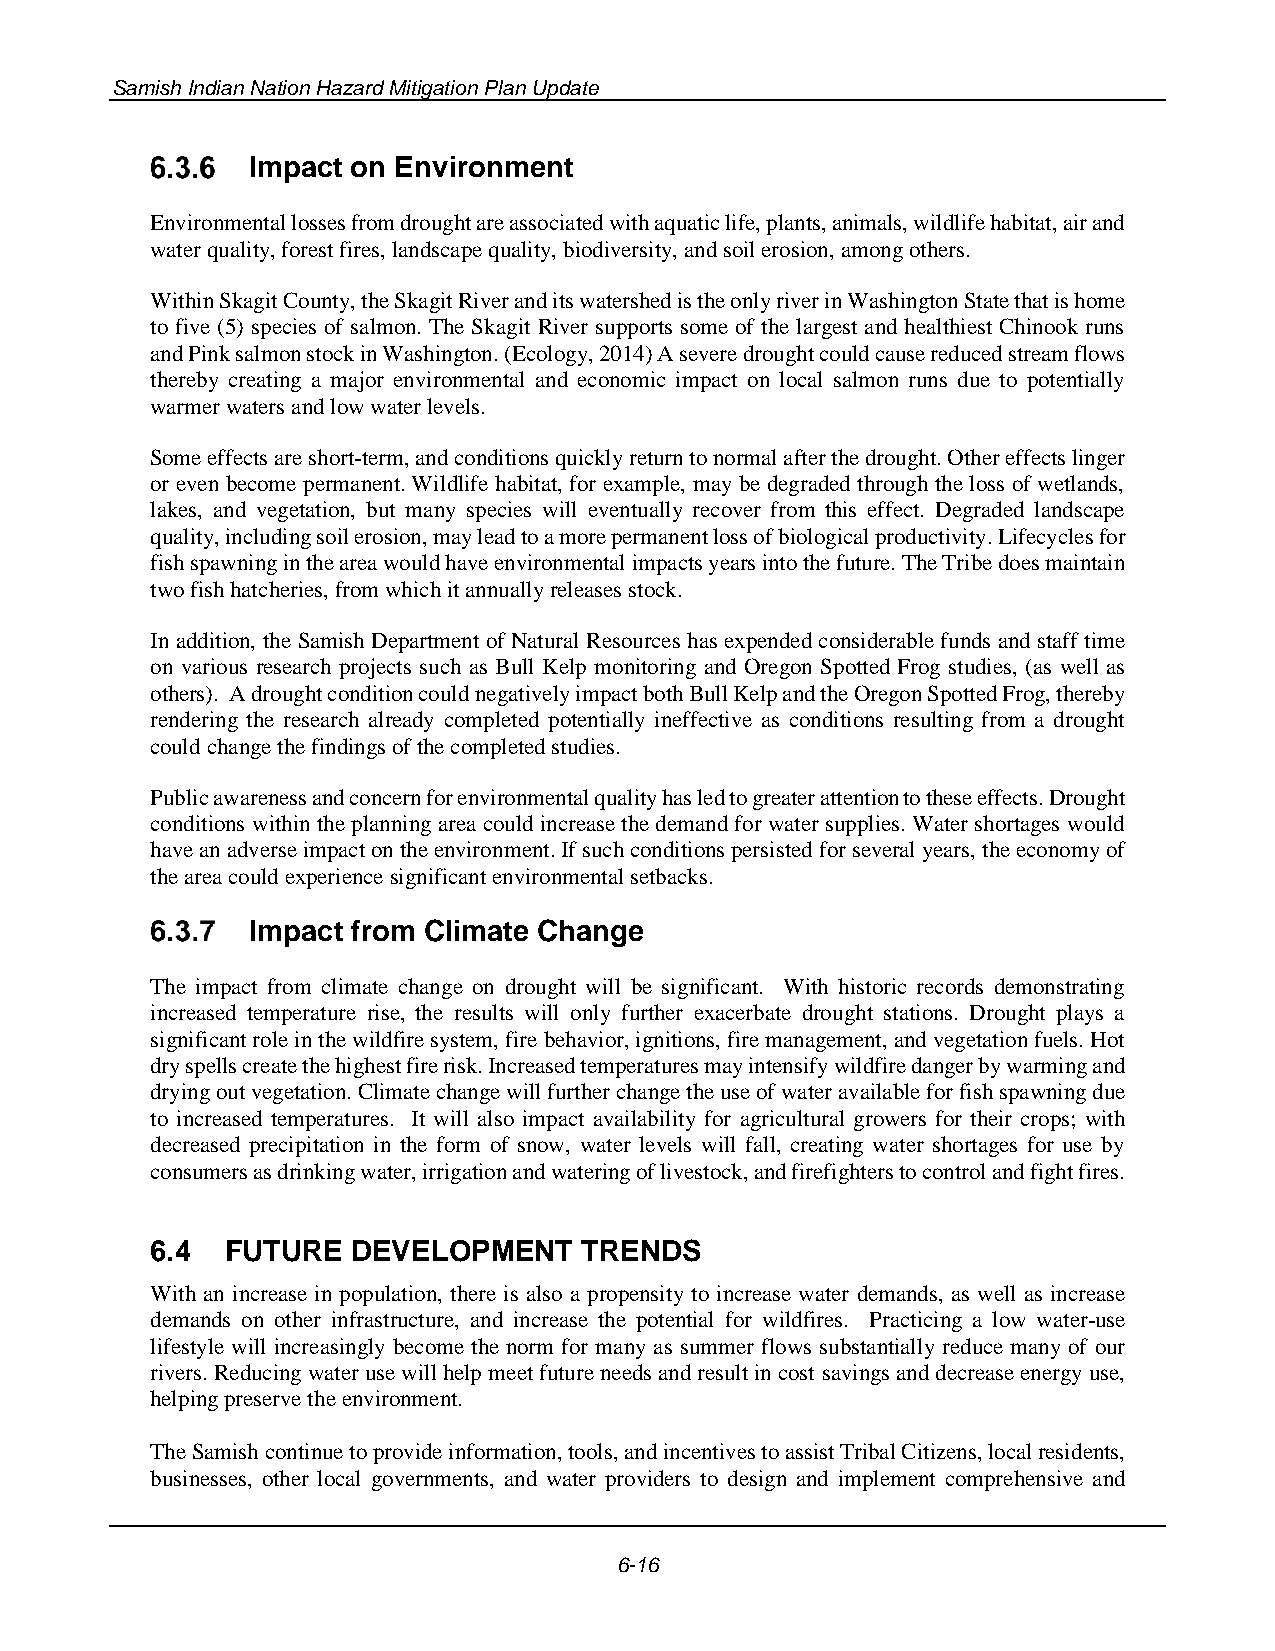
Samish Indian Nation Hazard Mitigation Plan Update
 Impact on Environment
 Environmental losses from drought are associated with aquatic life, plants, animals, wildlife habitat, air and
 water quality, forest fires, landscape quality, biodiversity, and soil erosion, among others.
 Within Skagit County, the Skagit River and its watershed is the only river in Washington State that is home
 to five (5) species of salmon. The Skagit River supports some of the largest and healthiest Chinook runs
 and Pink salmon stock in Washington. (Ecology, 2014) A severe drought could cause reduced stream flows
 thereby creating a major environmental and economic impact on local salmon runs due to potentially
 warmer waters and low water levels.
 Some effects are short-term, and conditions quickly return to normal after the drought. Other effects linger
 or even become permanent. Wildlife habitat, for example, may be degraded through the loss of wetlands,
 lakes, and vegetation, but many species will eventually recover from this effect. Degraded landscape
 quality, including soil erosion, may lead to a more permanent loss of biological productivity. Lifecycles for
 fish spawning in the area would have environmental impacts years into the future. The Tribe does maintain
 two fish hatcheries, from which it annually releases stock.
 In addition, the Samish Department of Natural Resources has expended considerable funds and staff time
 on various research projects such as Bull Kelp monitoring and Oregon Spotted Frog studies, (as well as
 others). A drought condition could negatively impact both Bull Kelp and the Oregon Spotted Frog, thereby
 rendering the research already completed potentially ineffective as conditions resulting from a drought
 could change the findings of the completed studies.
 Public awareness and concern for environmental quality has led to greater attention to these effects. Drought
 conditions within the planning area could increase the demand for water supplies. Water shortages would
 have an adverse impact on the environment. If such conditions persisted for several years, the economy of
 the area could experience significant environmental setbacks.
 Impact from Climate Change
 The impact from climate change on drought will be significant. With historic records demonstrating
 increased temperature rise, the results will only further exacerbate drought stations. Drought plays a
 significant role in the wildfire system, fire behavior, ignitions, fire management, and vegetation fuels. Hot
 dry spells create the highest fire risk. Increased temperatures may intensify wildfire danger by warming and
 drying out vegetation. Climate change will further change the use of water available for fish spawning due
 to increased temperatures. It will also impact availability for agricultural growers for their crops; with
 decreased precipitation in the form of snow, water levels will fall, creating water shortages for use by
 consumers as drinking water, irrigation and watering of livestock, and firefighters to control and fight fires.
 6.4  FUTURE  DEVELOPMENT    TRENDS
 With an increase in population, there is also a propensity to increase water demands, as well as increase
 demands on other infrastructure, and increase the potential for wildfires. Practicing a low water-use
 lifestyle will increasingly become the norm for many as summer flows substantially reduce many of our
 rivers. Reducing water use will help meet future needs and result in cost savings and decrease energy use,
 helping preserve the environment.
 The Samish continue to provide information, tools, and incentives to assist Tribal Citizens, local residents,
 businesses, other local governments, and water providers to design and implement comprehensive and
 6-16